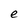
Character: e